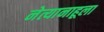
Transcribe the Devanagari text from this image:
नेत्यानाहूला